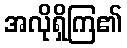
အလိုရှိကြ၏